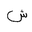
Letter: _shin